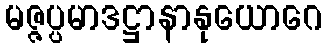
မဇ္ဇပ္ပမာဒဋ္ဌာနာနုယောဂေ